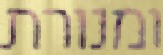
ומנורת